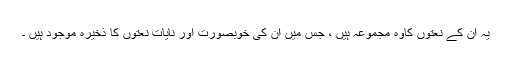
یہ ان کے نعتوں کاوہ مجموعہ ہیں ، جس میں ان کی خوبصورت اور نایات نعتوں کا ذخیرہ موجود ہیں ۔